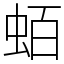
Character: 蛨